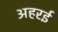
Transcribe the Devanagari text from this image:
अहरई